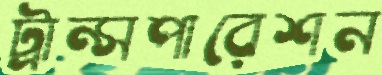
ট্রান্সপারেশন